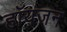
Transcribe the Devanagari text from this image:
हॉयजन